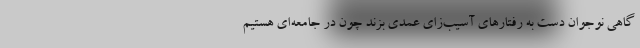
گاهی نوجوان دست به رفتارهای آسیب‌زای عمدی بزند چون در جامعه‌ای هستیم